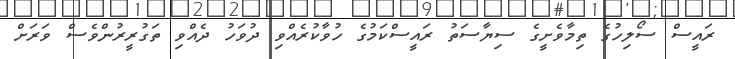
ރައީސް ސޯލިހުގެ ތިމާވެށީގެ ސިޔާސަތު ރައީސްކަމުގެ ހުވާކުރެއްވި ދުވަހު ދެއްވި ތަގުރީރުންވެސް ވަރަށް